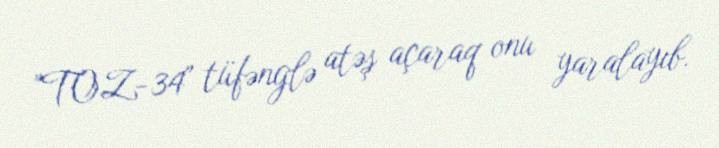
"TOZ-34" tüfənglə atəş açaraq onu yaralayıb.